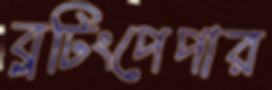
ব্লটিংপেপার